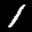
Label: 1